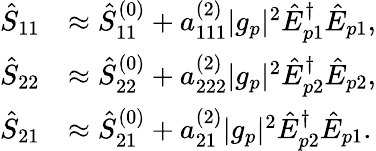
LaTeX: \begin{array}{rl}{\hat{S}_{11}}&{\approx\hat{S}_{11}^{(0)}+a_{111}^{(2)}|g_{p}|^{2}\hat{E}_{p1}^{\dagger}\hat{E}_{p1},}\\ {\hat{S}_{22}}&{\approx\hat{S}_{22}^{(0)}+a_{222}^{(2)}|g_{p}|^{2}\hat{E}_{p2}^{\dagger}\hat{E}_{p2},}\\ {\hat{S}_{21}}&{\approx\hat{S}_{21}^{(0)}+a_{21}^{(2)}|g_{p}|^{2}\hat{E}_{p2}^{\dagger}\hat{E}_{p1}.}\end{array}